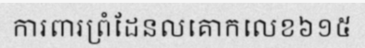
ការពារព្រំដែនលគោកលេខ៦១៥